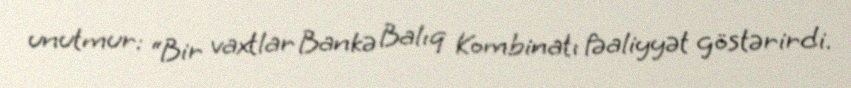
unutmur: “Bir vaxtlar Bankə Balıq Kombinatı fəaliyyət göstərirdi.